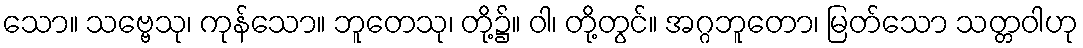
သော။ သဗ္ဗေသု၊ ကုန်သော။ ဘူတေသု၊ တို့၌။ ဝါ၊ တို့တွင်။ အဂ္ဂဘူတော၊ မြတ်သော သတ္တဝါဟု